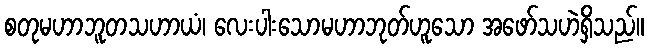
စတုမဟာဘူတသဟာယံ၊ လေးပါးသောမဟာဘုတ်ဟူသော အဖော်သဟဲရှိသည်။